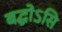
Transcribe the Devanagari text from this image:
बद्धोऽसि